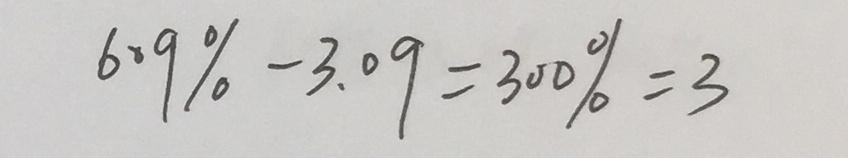
6 . 9 \% - 3 . 0 9 = 3 0 0 \% = 3